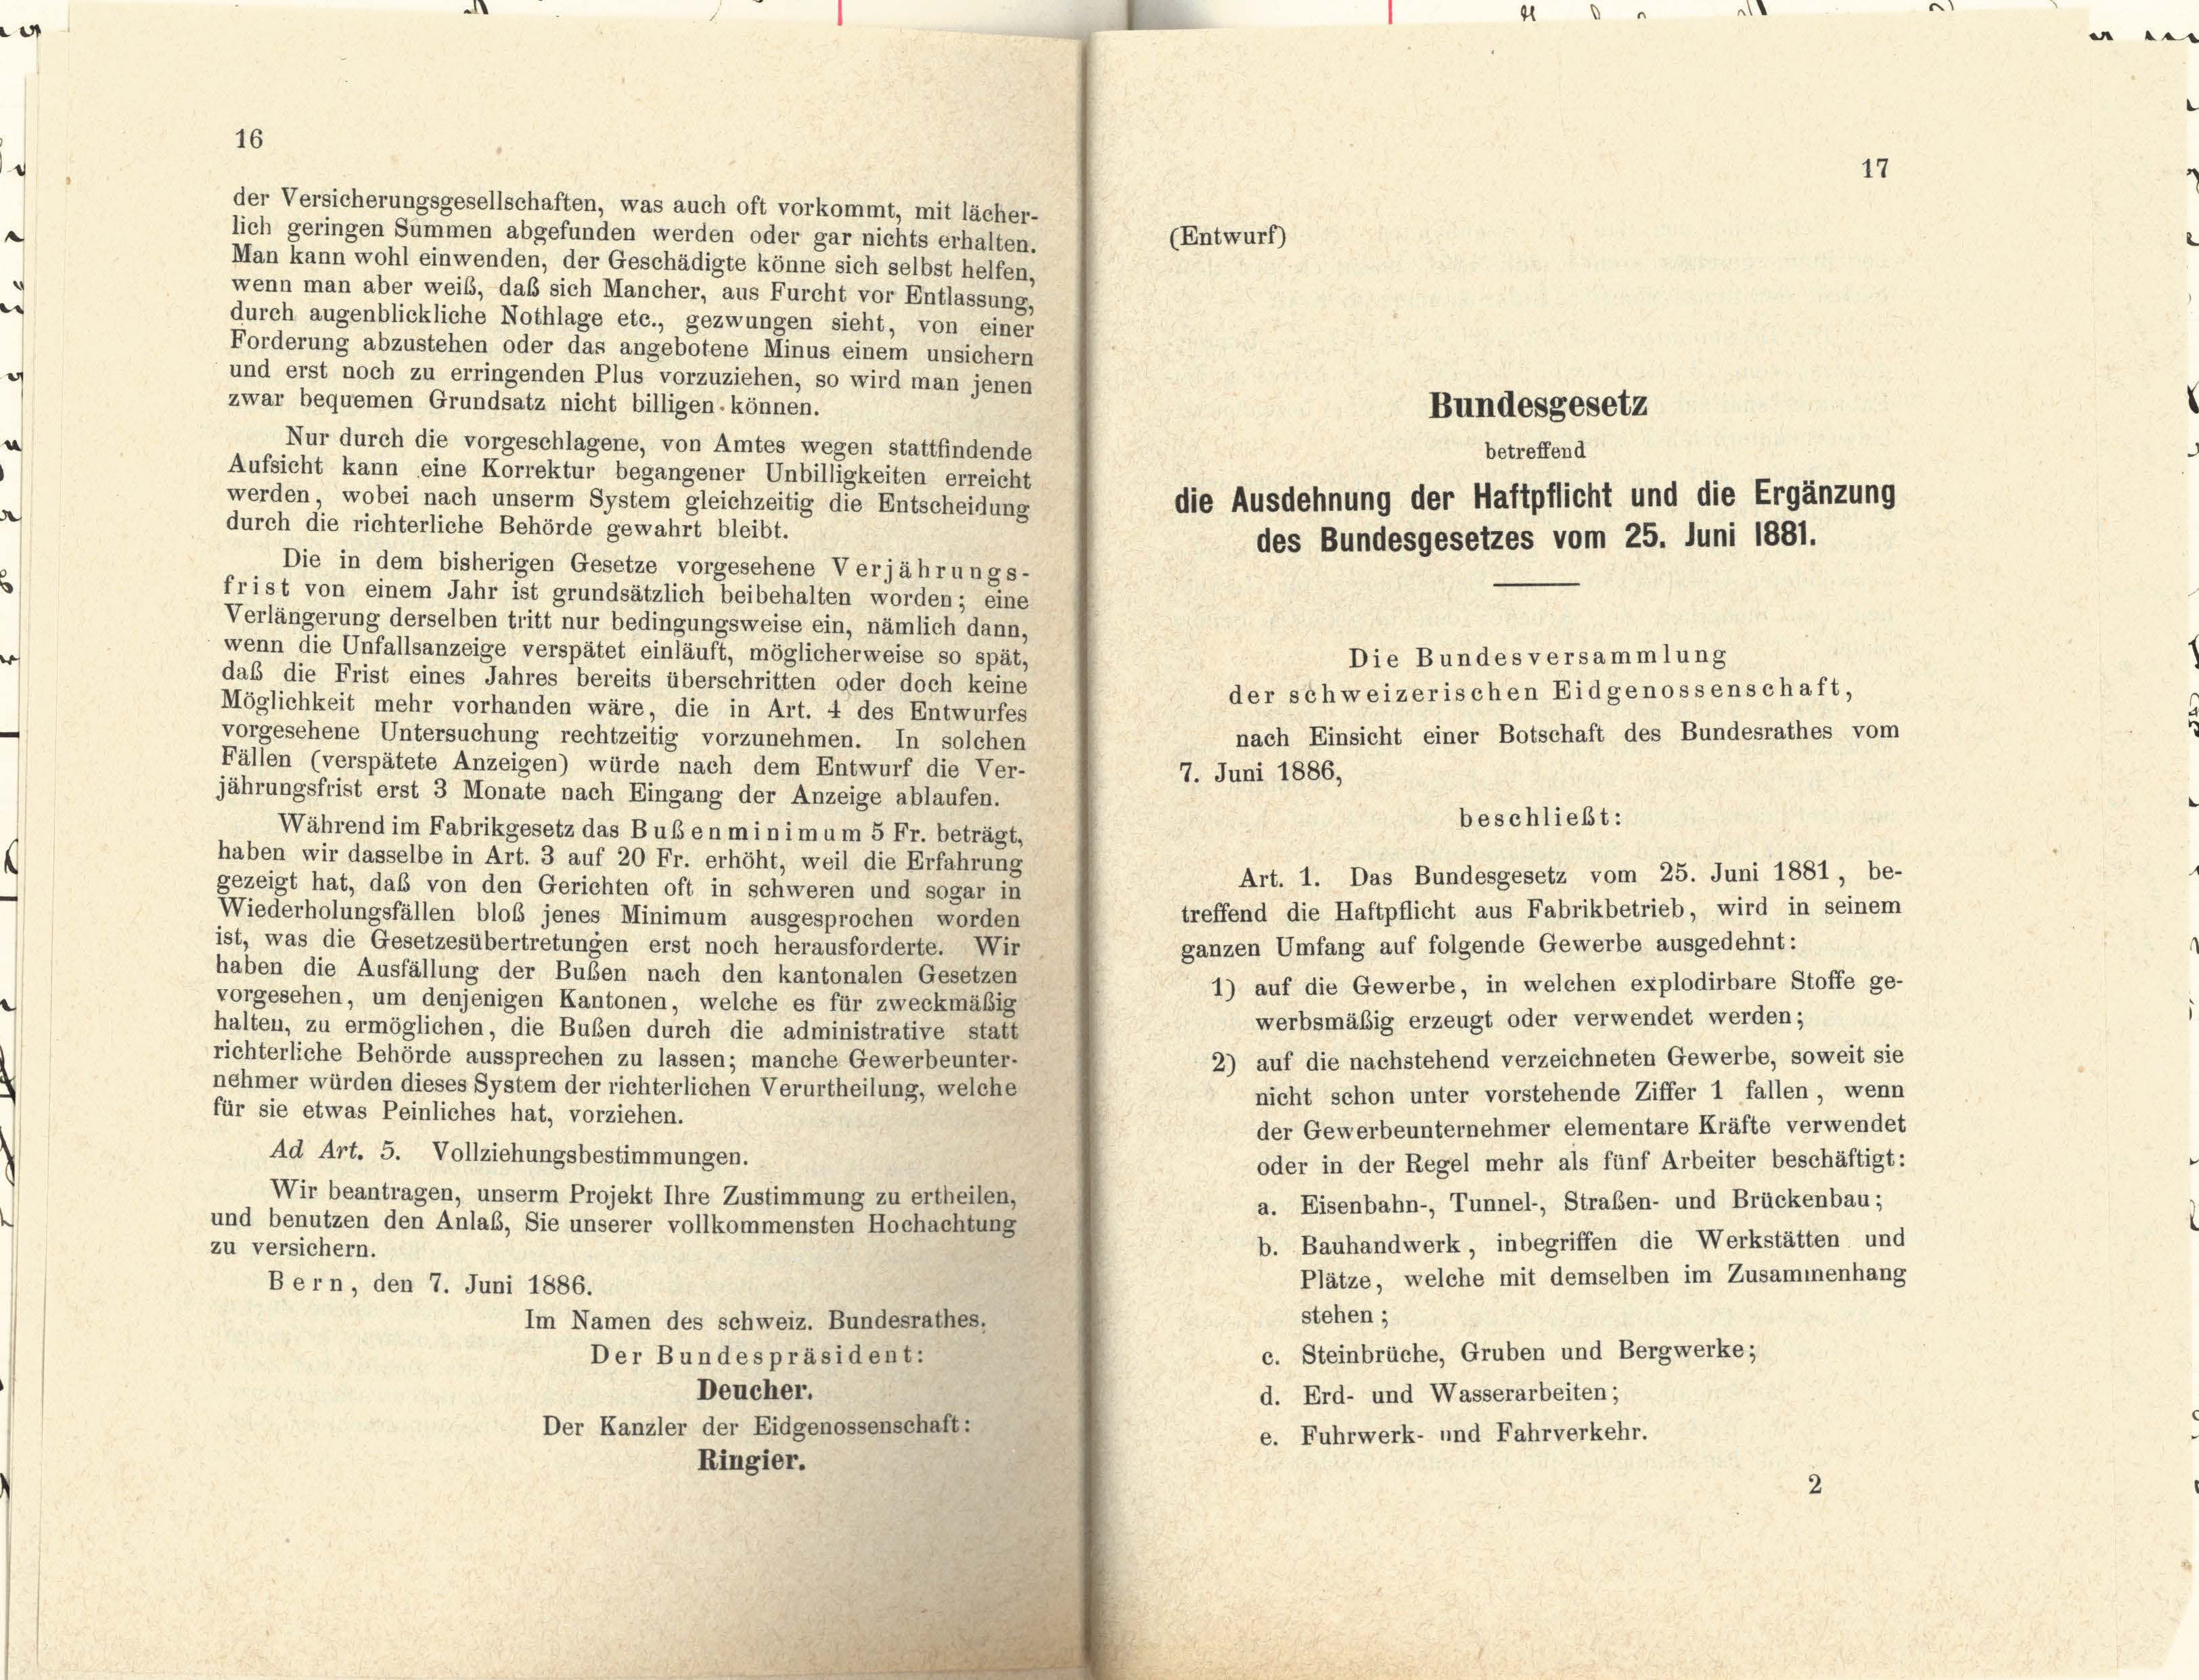
¬

16

lich geringen Summen abgefunden werden oder gar nichts erhalten.
Man kann wohl einwenden, der Geschädigte könne sich selbst helfen,
wenn man aber weiß, daß sich Mancher, aus Furcht vor Entlassung,
durch augenblickliche Nothlage etc., gezwungen sieht, von einer
Forderung abzustehen oder das angebotene Minus einem unsichern
und erst noch zu erringenden Plus vorzuziehen, so wird man jenen
zwar bequemen Grundsatz nicht billigen, können.
Nur durch die vorgeschlagene, von Amtes wegen stattfindende
Aufsicht kann eine Korrektur begangener Unbilligkeiten erreicht
werden, wobei nach unserm System gleichzeitig die Entscheidung
die Ausdehnung der Haftpflicht und die Ergänzung
durch die richterliche Behörde gewahrt bleibt.
des Bundesgesetzes vom 25. Juni 1881.
Die in dem bisherigen Gesetze vorgesehene Verjährungs-
frist von einem Jahr ist grundsätzlich beibehalten worden; eine
Verlängerung derselben tritt nur bedingungsweise ein, nämlich dann,
wenn die Unfallsanzeige verspätet einläuft, möglicherweise so spät,
Die Bundesversammlung
daß die Frist eines Jahres bereits überschritten oder doch keine
der schweizerischen Eidgenossenschaft,
Möglichkeit mehr vorhanden wäre, die in Art. 4 des Entwurfes
nach Einsicht einer Botschaft des Bundesrathes vom
vorgesehene Untersuchung rechtzeitig vorzunehmen. In solchen
Fällen (verspätete Anzeigen) würde nach dem Entwurf die Ver-
7. Juni 1886,
jährungsfrist erst 3 Monate nach Eingang der Anzeige ablaufen.
beschließt:
Während im Fabrikgesetz das Buben minim um 5 Fr. beträgt,
haben wir dasselbe in Art. 3 auf 20 Fr. erhöht, weil die Erfahrung
Art. 1. Das Bundesgesetz vom 25. Juni 1881, be-
gezeigt hat, daß von den Gerichten oft in schweren und sogar in
treffend die Haftpflicht aus Fabrikbetrieb, wird in seinem
Wiederholungsfällen bloß jenes Minimum ausgesprochen worden
ist, was die Gesetzesübertretungen erst noch herausforderte. Wir
ganzen Umfang auf folgende Gewerbe ausgedehnt:
haben die Ausfällung der Buben nach den kantonalen Gesetzen
1) auf die Gewerbe, in welchen explodirbare Stoffe ge-
vorgesehen, um denjenigen Kantonen, welche es für zweckmäßig
werbsmäßig erzeugt oder verwendet werden;
halten, zu ermöglichen, die Bußen durch die administrative statt
richterliche Behörde aussprechen zu lassen; manche Gewerbeunter-
2) auf die nachstehend verzeichneten Gewerbe, soweit sie
nehmer würden dieses System der richterlichen Verurtheilung, welche
nicht schon unter vorstehende Ziffer 1 fallen, wenn
für sie etwas Peinliches hat, vorziehen.
der Gewerbeunternehmer elementare Kräfte verwendet
Ad Art. 5. Vollziehungsbestimmungen.
oder in der Regel mehr als fünf Arbeiter beschäftigt:
Wir beantragen, unserm Projekt Ihre Zustimmung zu ertheilen,
a. Eisenbahn-, Tunnel-, Straßen- und Brückenbau;
und benutzen den Anlaß, Sie unserer vollkommensten Hochachtung
b. Bauhandwerk, inbegriffen die Werkstätten und
zu versichern.
Plätze, welche mit demselben im Zusammenhang
Bern, den 7. Juni 1886.
stehen;
Im Namen des schweiz. Bundesrathes,
c. Steinbrüche, Gruben und Bergwerke;
Der Bundespräsident:
Deucher.
d. Erd- und Wasserarbeiten;
Der Kanzler der Eidgenossenschaft:
e. Fuhrwerk- und Fahrverkehr.
Ringier.
2

der Versicherungsgesellschaften, was auch oft vorkommt, mit lächer-

(Entwurf)

Bundesgesetz
betreffend